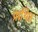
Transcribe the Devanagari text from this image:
प्रार्थित